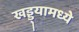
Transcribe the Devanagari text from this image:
खड्ड्यामध्ये